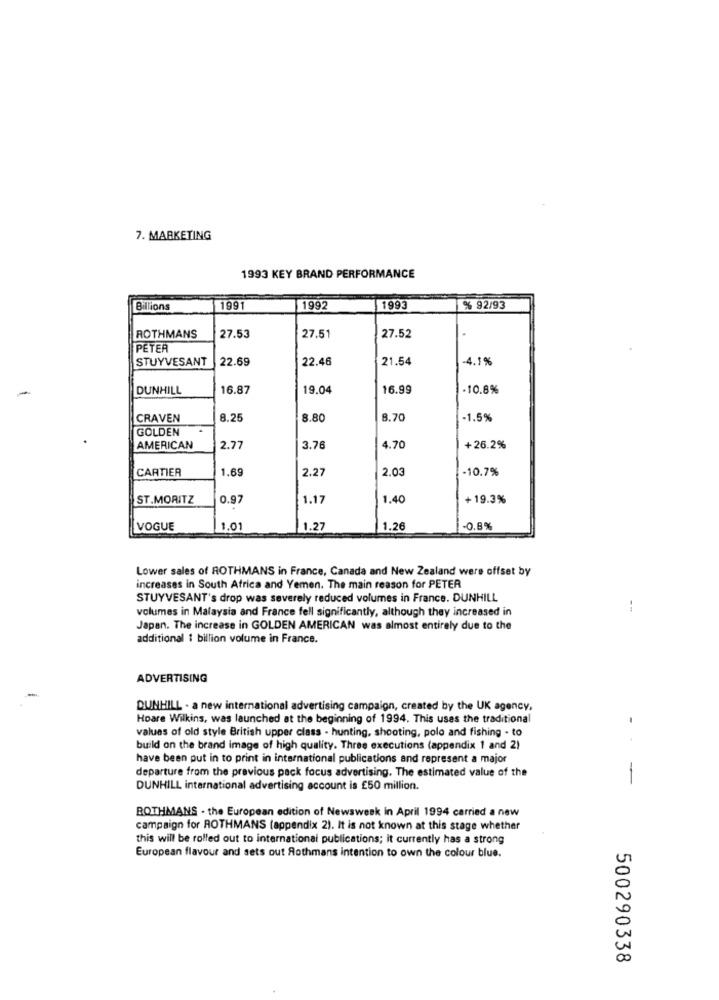
7. MARKETING
1993 KEY BRAND PERFORMANCE
Billions
1991
1992
1993
% 92/93
ROTHMANS
27.53
27.51
27.52
PETER
STUYVESANT
22.69
22.46
21.54
-4.1%
DUNHILL
16.87
19.04
16.99
-10.8%
CRAVEN
8.25
8.80
8.70
-1.5%
GOLDEN
AMERICAN
2.77
3.76
4.70
+26.2%
CARTIER
1.69
2.27
2.03
-10.7%
ST.MORITZ
0.97
1.17
1.40
+ 19.3%
VOGUE
1.0
1.27
1.26
-0.8%
Lower sales of ROTHMANS in France, Canada and New Zealand were offset by
increases in South Africa and Yemen. The main reason for PETER
STUYVESANT's drop was severely reduced volumes in France. DUNHILL
volumes in Malaysia and France fell significantly, although they increased in
Japan. The increase in GOLDEN AMERICAN was almost entirely due to the
additional 1 billion volume in France.
ADVERTISING
DUNHILL - a new international advertising campaign, created by the UK agency,
Hoare Wilkins, was launched at the beginning of 1994. This uses the traditional
values of old style British upper class - hunting, shooting, polo and fishing - to
build on the brand image of high quality. Three executions (appendix 1 and 2)
have been put in to print in international publications and represent a major
departure from the previous pack focus advertising. The estimated value of the
-
DUNHILL international advertising account is £50 million.
BOTHMANS . the European edition of Newsweek in April 1994 carried a new
campaign for ROTHMANS (appendix 2). It is not known at this stage whether
this will be rolled out to international publications; it currently has a strong
European flavour and sets out Rothmans intention to own the colour blue.
500290338